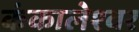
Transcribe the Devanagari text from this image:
कंकालेश्‍वर